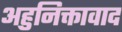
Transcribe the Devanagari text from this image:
अहुनिक्तावाद